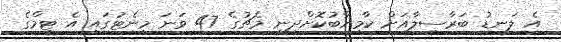
އެ ލަނޑު ބަރާސިލާއަށް ކާމިޔާބުކޮށްދިނީ މެޗުގެ 47 ވަނަ މިނެޓުގައި އެ ޓީމްގެ